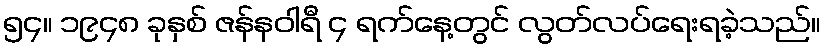
၅၄။ ၁၉၄၈ ခုနှစ် ဇန်နဝါရီ ၄ ရက်နေ့တွင် လွတ်လပ်ရေးရခဲ့သည်။